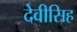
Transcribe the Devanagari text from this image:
देवीसिह